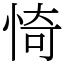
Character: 㥓